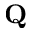
{ \bf Q }